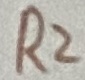
Text: R2